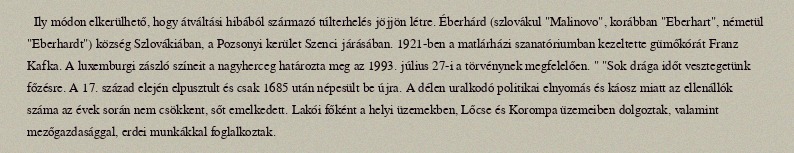
Ily módon elkerülhető, hogy átváltási hibából származó túlterhelés jöjjön létre. Éberhárd (szlovákul "Malinovo", korábban "Eberhart", németül "Eberhardt") község Szlovákiában, a Pozsonyi kerület Szenci járásában. 1921-ben a matlárházi szanatóriumban kezeltette gümőkórát Franz Kafka. A luxemburgi zászló színeit a nagyherceg határozta meg az 1993. július 27-i a törvénynek megfelelően. " "Sok drága időt vesztegetünk főzésre. A 17. század elején elpusztult és csak 1685 után népesült be újra. A délen uralkodó politikai elnyomás és káosz miatt az ellenállók száma az évek során nem csökkent, sőt emelkedett. Lakói főként a helyi üzemekben, Lőcse és Korompa üzemeiben dolgoztak, valamint mezőgazdasággal, erdei munkákkal foglalkoztak.